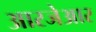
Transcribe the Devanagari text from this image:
आरजेआर